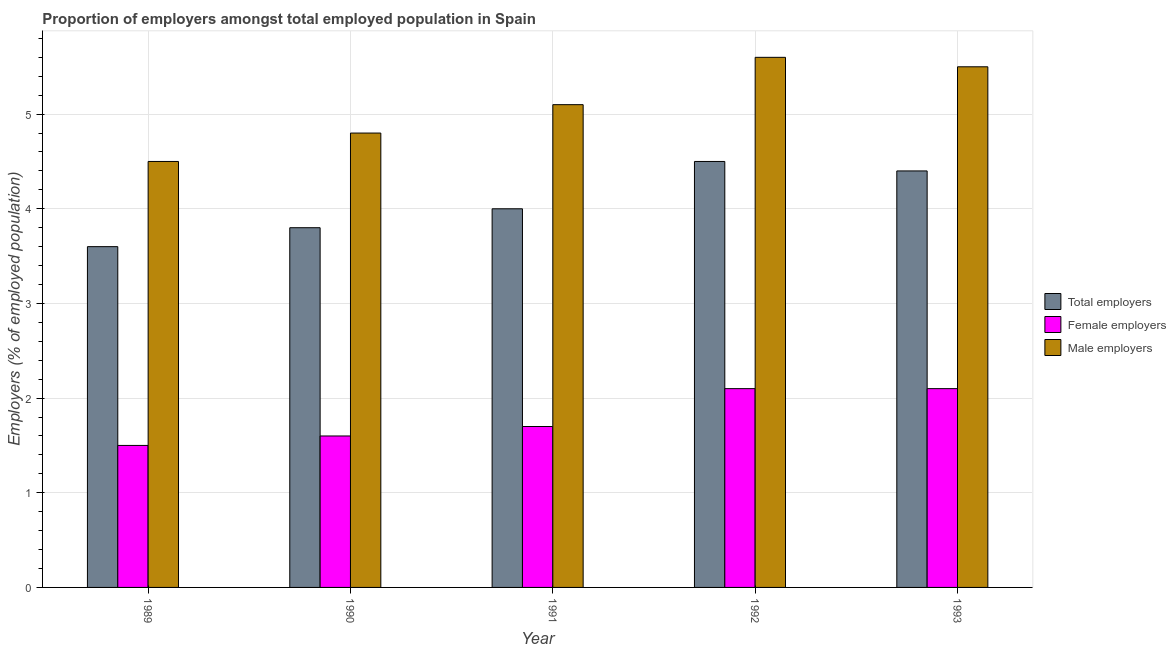
| Year | Total employers | Female employers | Male employers |
 | --- | --- | --- | --- |
 | 1989 | 3.6 | 1.5 | 4.5 |
 | 1990 | 3.8 | 1.6 | 4.8 |
 | 1991 | 4 | 1.7 | 5.1 |
 | 1992 | 4.5 | 2.1 | 5.6 |
 | 1993 | 4.4 | 2.1 | 5.5 |